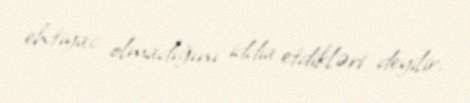
ehtiyac olmadığını iddia etdikləri deyilir.